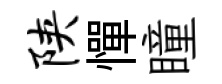
陕憚瞳